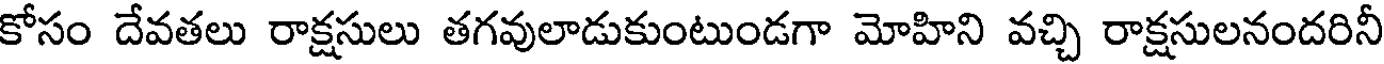
కోసం దేవతలు రాక్షసులు తగవులాడుకుంటుండగా మోహిని వచ్చి రాక్షసులనందరినీ